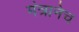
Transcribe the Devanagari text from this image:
मंत्रानेच